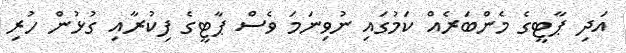
އަދި ޕާޓީގެ މެންބަރެއް ކަމުގައި ނުވިނަމަ ވެސް ޕާޓީގެ ފިކުރާއި ގުޅުން ހުރި